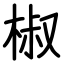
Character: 椒